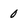
Character: 0